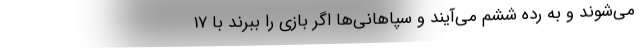
می‌شوند و به رده ششم می‌آیند و سپاهانی‌ها اگر بازی را ببرند با 17